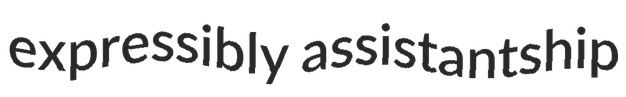
expressibly assistantship